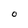
Character: O